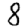
Digit: 8